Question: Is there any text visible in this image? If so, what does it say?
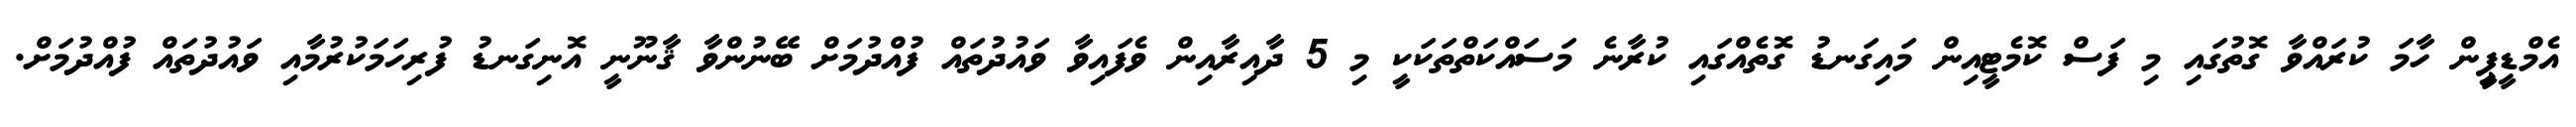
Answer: އެމްޑީޕީިން ހާމަ ކުރައްވާ ގޮތުގައި މި ފަސް ކޮމެޓީއިން މައިގަނޑު ގޮތެއްގައި ކުރާނެ މަސައްކަތްތަކަކީ މި 5 ދާއިރާއިން ވެފައިވާ ވައުދުތައް ފުއްދުމަށް ބޭނުންވާ ޤާނޫނީ އޮނިގަނޑު ފުރިހަމަކުރުމާއި ވައުދުތައް ފުއްދުމަށް.